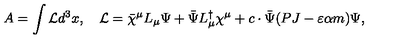
A = \int { \cal L } d ^ { 3 } x , \quad { \cal L } = \bar { \chi } ^ { \mu } L _ { \mu } \Psi + \bar { \Psi } L _ { \mu } ^ { \dagger } \chi ^ { \mu } + c \cdot \bar { \Psi } ( P J - \varepsilon \alpha m ) \Psi ,